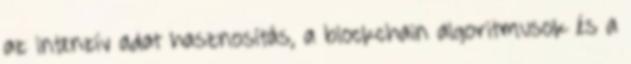
az intenzív adat hasznosítás, a blockchain algoritmusok és a